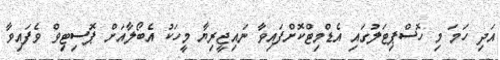
އަދި ހަމަ މި ހޮސްޕިޓަލުގައި އެޑްމިޓްކޮށްފައިވާ ނައިޖީރިޔާ މީހަކު އެބޯލާއަށް ޕޮސިޓިވް ވެފައިވާ